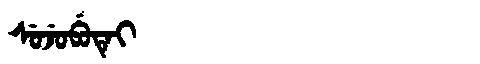
Manchu: ᠰᡠᠵᡠᠪᡠᡨᡝᡳ
Romanization: SUJUBUTEI